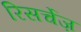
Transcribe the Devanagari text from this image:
रिसर्चेज़